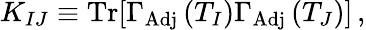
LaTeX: K_{IJ}\equiv\mathrm{Tr}[\Gamma_{\mathrm{Adj}}\, (T_{I})\Gamma_{\mathrm{Adj}}\, (T_{J})]\, ,